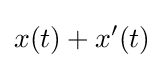
x(t)+x'(t)